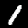
Digit: 1